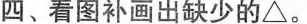
四、看图补画出缺少的△。